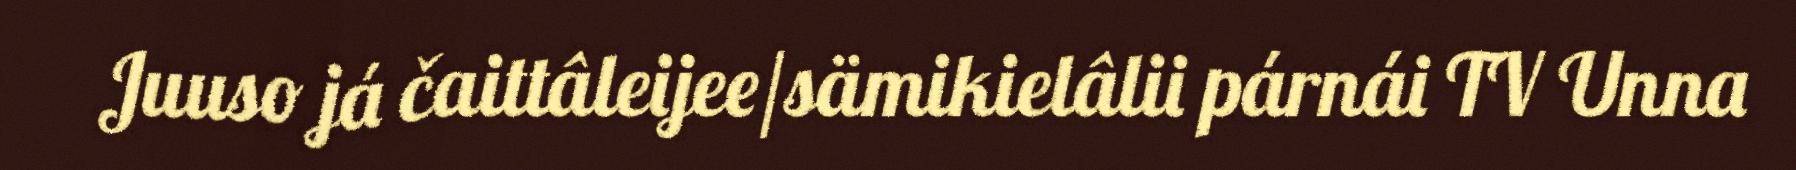
Juuso já čaittâleijee/sämikielâlii párnái TV Unna